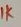
Text: 1K